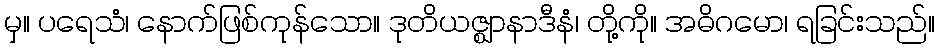
မှ။ ပရေသံ၊ နောက်ဖြစ်ကုန်သော။ ဒုတိယဇ္ဈာနာဒီနံ၊ တို့ကို။ အဓိဂမော၊ ရခြင်းသည်။